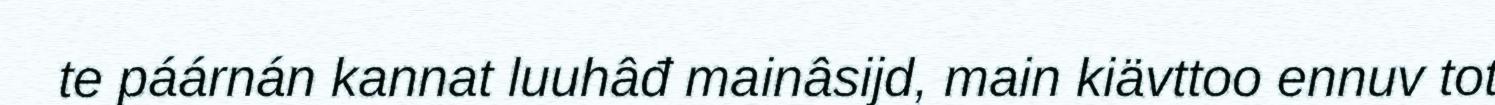
te páárnán kannat luuhâđ mainâsijd, main kiävttoo ennuv tot